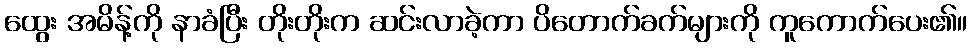
ထွေး အမိန့်ကို နာခံပြီး တိုးတိုးက ဆင်းလာခဲ့ကာ ပိတောက်ခက်များကို ကူကောက်ပေး၏။